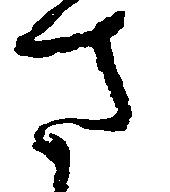
さ